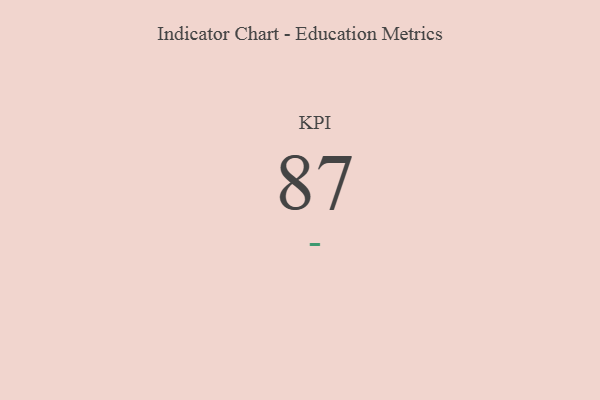
{"axis": {"x": "KPI", "y": "Value"}, "legend": [""], "data": [{"x": "KPI", "y": 87, "type": ""}]}